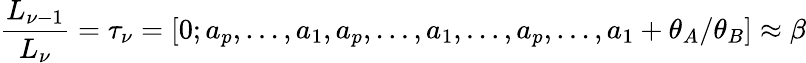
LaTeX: \frac{L_{\nu-1}}{L_{\nu}}=\tau_{\nu}=[0;a_{p},\ldots,a_{1},a_{p},\ldots,a_{1},\ldots,a_{p},\ldots,a_{1}+\theta_{A}/\theta_{B}]\approx\beta